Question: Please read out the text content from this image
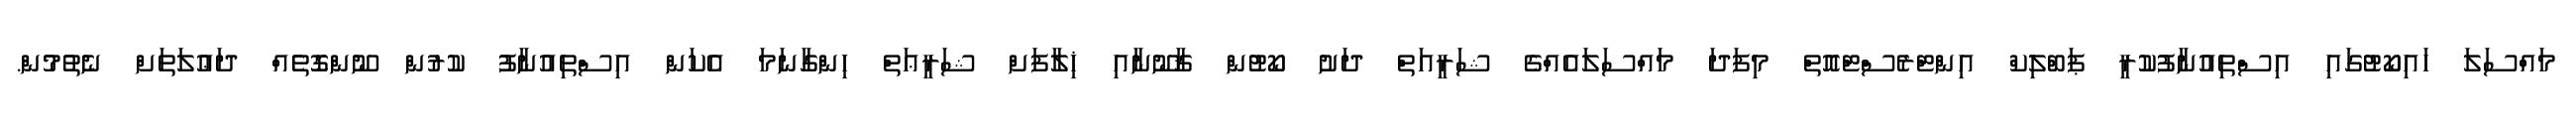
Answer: މައްސަލަ ހައިކޯޓުގައި އިސްތިއުނާފުކުރީ ޕަބްލިކް އިންޓްރެސްޓްއޮތް މިފަދަ މައްސަލައެއްގެ ޝަރީއަތް ދަށު ކޯޓުން ޤާނޫނާއި ޚިލާފަށް ޝަރީޢަތް ހިންގާނަމަ އެކަން އިސްތިއުނާފު ކުރުން ނޫންގޮތެއް ދަޢުލަތަށް ނެތުމުން.